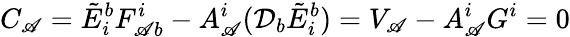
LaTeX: C_{\mathscr{A}}={\tilde{{E}}}_{i}^{b}F_{\mathscr{A}b}^{i}-A_{\mathscr{A}}^{i}({\mathcal{{D}}}_{b}{\tilde{{E}}}_{i}^{b})=V_{\mathscr{A}}-A_{\mathscr{A}}^{i}G^{i}=0